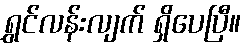
ရွှင်လန်းလျက် ရှိပေပြီ။